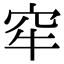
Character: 窂